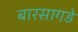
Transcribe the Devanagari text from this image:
बारसागडे